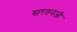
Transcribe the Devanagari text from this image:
सरतनजी